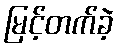
မြင့်တက်ခဲ့